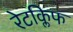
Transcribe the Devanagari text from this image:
रेटक्लिफ